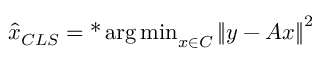
{ \hat { x } } _ { C L S } = \operatorname { * } { \arg \operatorname* { m i n } } _ { x \in C } \left\| y - A x \right\| ^ { 2 }